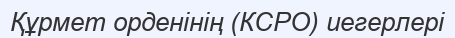
Құрмет орденінің (КСРО) иегерлері